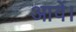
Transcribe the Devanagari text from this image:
आवें।